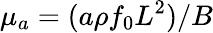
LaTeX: \mu_{a}=(a\rho f_{0}L^{2})/B